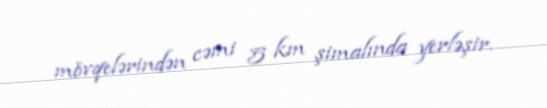
mövqelərindən cəmi 5 km şimalında yerləşir.